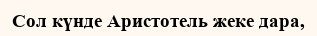
Сол күнде Аристотель жеке дара,